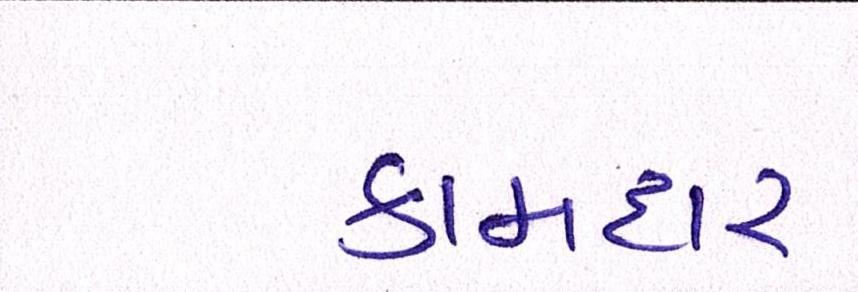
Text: કામદાર